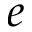
e